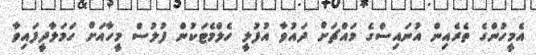
އެމީހުންގެ ތެރެއިން އުނައިސްގެ މައްޗަށް ދައުވާ އުފުލީ ހެލްމެޓަކުން ފުލުސް މީހާއަށް ހަމަލާދީފައިވާ